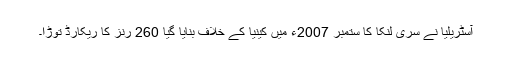
آسٹریلیا نے سری لنکا کا ستمبر 2007ء میں کینیا کے خلاف بنایا گیا 260 رنز کا ریکارڈ توڑا۔